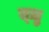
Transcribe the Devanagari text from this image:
त्ज़ु